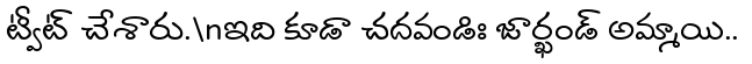
ట్వీట్ చేశారు.\nఇది కూడా చదవండిః జార్ఖండ్ అమ్మాయి..